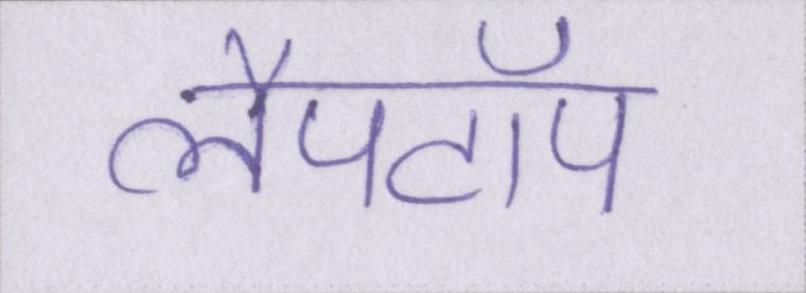
लैपटॉप